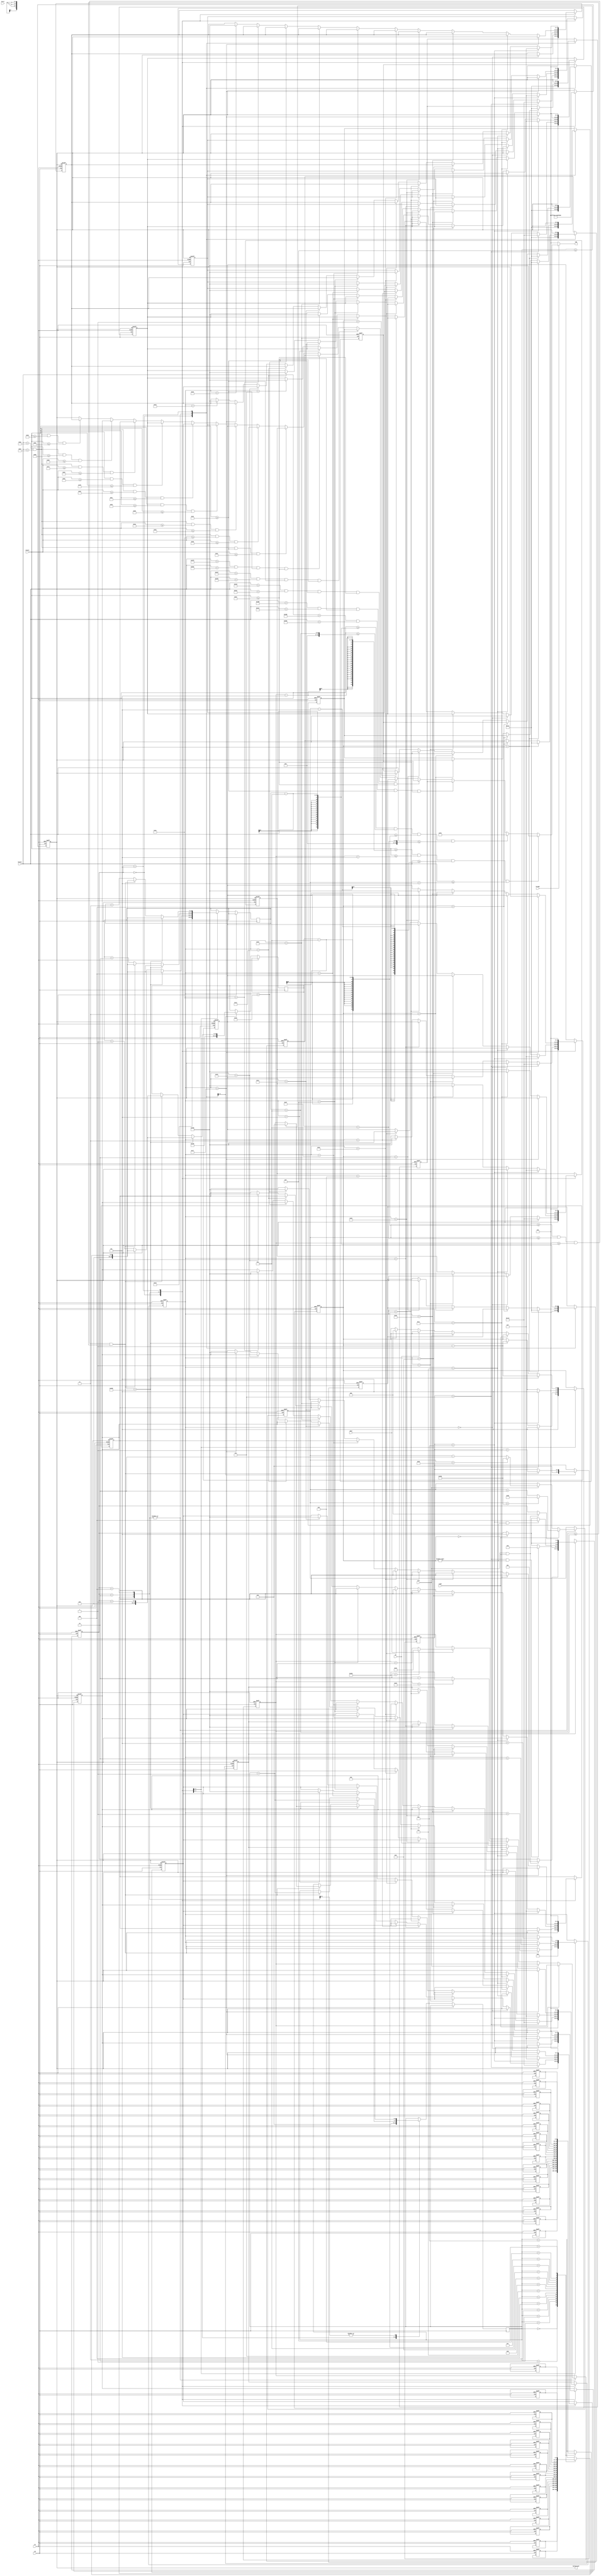
`timescale 1ns / 1ps

module block_controller(
	input clk, //this clock must be a slow enough clock to view the changing positions of the objects
	input bright,
	input rst,
	input up, input down, input left, input right,
	input Start,
	input [9:0] hCount, vCount,
	output reg [11:0] rgb,
	output reg [11:0] background
   );
	wire block_fill;
	wire apples;
	
	//these two values dictate the center of the block, incrementing and decrementing them leads the block to move in certain directions
	reg [9:0] xpos, ypos;
	reg [15:0] xrand, yrand;
	reg [2:0] state;
	reg [3:0] bag;
	reg [2:0] lives;
	reg [7:0] pts;
	reg [3:0] rand_counter;

	//live register color
	reg [11:0] side1;
	reg [11:0] side2;
	reg [11:0] side3;
	reg [11:0] side4;
	reg [11:0] side5;
	
	// Score registers for coloring
	reg [11:0] goal1;
	reg [11:0] goal2;
	reg [11:0] goal3;
	reg [11:0] goal4;
	reg [11:0] goal5;
	reg [11:0] goal6;
	reg [11:0] goal7;
	reg [11:0] goal8;
	reg [11:0] goal9;

	// Create an array of random numbers for the apples
	
	reg [9:0] xlocations [0:15];
	reg [9:0] ylocations [0:15];

	// Demonstrates the lives of player on screen
	wire block_fill_side1;
	wire block_fill_side2;
	wire block_fill_side3;
	wire block_fill_side4;
	wire block_fill_side5;

	// Wiring score assignments
	wire goal_1;
	wire goal_2;
	wire goal_3;
	wire goal_4;
	wire goal_5;
	wire goal_6;
	wire goal_7;
	wire goal_8;
	wire goal_9;

	//Color declarations
	parameter RED   = 12'b1111_0000_0000;
	parameter GREY = 12'b1100_1100_1100;
	//parameter potCLR;

	//State machine states
	localparam
	INI  = 3'b000,
	LVL1 = 3'b001,
	LVL2 = 3'b010,
	LVL3 = 3'b100,
	END  = 3'b101,
	UNK  = 3'bxxx;
	

	//the +-5 for the positions give the dimension of the block (i.e. it will be 10x10 pixels)
	assign block_fill=vCount>=(ypos-5) && vCount<=(ypos+5) && hCount>=(xpos-5) && hCount<=(xpos+5);
	// Pot to deposit the apples
	assign apples = vCount>=(yrand-10) && vCount<=(yrand+10) && hCount>=(xrand-10) && hCount<=(xrand+10);

	// Live declarations
	assign block_fill_side1 =(hCount > 720) && (hCount < 730) && (vCount >= 50) && (vCount <= 100);
	assign block_fill_side2 =(hCount > 731) && (hCount < 740) && (vCount >= 50) && (vCount <= 100);
	assign block_fill_side3 =(hCount > 741) && (hCount < 750) && (vCount >= 50) && (vCount <= 100);
	assign block_fill_side4 =(hCount > 751) && (hCount < 760) && (vCount >= 50) && (vCount <= 100);
	assign block_fill_side5 =(hCount > 761) && (hCount < 770) && (vCount >= 50) && (vCount <= 100);

	// Score Display Positions
	assign goal_1 =(hCount > 154) && (hCount < 180) && (vCount >= 50) && (vCount <= 60);
	assign goal_2 =(hCount > 154) && (hCount < 180) && (vCount >= 62) && (vCount <= 72);
	assign goal_3 =(hCount > 154) && (hCount < 180) && (vCount >= 74) && (vCount <= 84);
	assign goal_4 =(hCount > 154) && (hCount < 180) && (vCount >= 86) && (vCount <= 96);
	assign goal_5 =(hCount > 154) && (hCount < 180) && (vCount >= 98) && (vCount <= 108);
	assign goal_6 =(hCount > 154) && (hCount < 180) && (vCount >= 110) && (vCount <= 120);
	assign goal_7 =(hCount > 154) && (hCount < 180) && (vCount >= 122) && (vCount <= 132);
	assign goal_8 =(hCount > 154) && (hCount < 180) && (vCount >= 134) && (vCount <= 144);
	assign goal_9 =(hCount > 154) && (hCount < 180) && (vCount >= 146) && (vCount <= 156);

	/*when outputting the rgb value in an always block like this, make sure to include the if(~bright) statement, as this ensures the monitor 
	will output some data to every pixel and not just the images you are trying to display*/
	always@ (*) begin
    	if(~bright )	//force black if not inside the display area
			rgb = 12'b0000_0000_0000;
		else if (block_fill) 
			rgb = RED; 
		else if (apples)
			rgb = 12'b0000_1111_0000;
		else if(block_fill_side1)
            	rgb = side1;
        else if(block_fill_side2)
            	rgb = side2;
        else if(block_fill_side3)
            	rgb = side3;
        else if(block_fill_side4)
            	rgb = side4;
        else if(block_fill_side5)
            	rgb = side5;
		else if(goal_1)
				rgb = goal1;
		else if(goal_2)
				rgb = goal2;
		else if(goal_3)
				rgb = goal3;
		else if(goal_4)
				rgb = goal4;
		else if(goal_5)
				rgb = goal5;
		else if(goal_6)
				rgb = goal6;
		else if(goal_7)
				rgb = goal7;
		else if(goal_8)
				rgb = goal8;
		else if(goal_9)
				rgb = goal9;
		else	
			rgb=background;
	end
	
	// Making the state and state transitions
	always @ (posedge clk, posedge rst)begin
		if(rst)
			begin
				//resetting the background color
				background <= 12'b1111_1111_1111;

				// initializing the lives color
				side1 <= GREY;
				side2 <= GREY;
				side3 <= GREY;
				side4 <= GREY;
				side5 <= GREY;

				// Initializing score variables
				goal1 <= background;
				goal2 <= background;
				goal3 <= background;
				goal4 <= background;
				goal5 <= background;
				goal6 <= background;
				goal7 <= background;
				goal8 <= background;
				goal9 <= background;

				//rough values for center of screen
				xpos<=450;
				ypos<=250;
				
				xlocations[0] = 300;
	            ylocations[0] = 255;

	            xlocations[1] = 450;
	            ylocations[1] = 50;
	            
	            xlocations[2] = 770;
                ylocations[2] = 100;
            
                xlocations[3] = 470;
                ylocations[3] = 190;
            
                xlocations[4] = 150;
                ylocations[4] = 200;
            
                xlocations[5] = 665;
                ylocations[5] = 215;
            
                xlocations[6] = 540;
                ylocations[6] = 90;
            
                xlocations[7] = 590;
                ylocations[7] = 222;
            
                xlocations[8] = 400;
                ylocations[8] = 255;
            
                xlocations[9] = 200;
                ylocations[9] = 200;
            
                xlocations[10] = 250;
                ylocations[10] = 70;
                
                xlocations[11] = 665;
                ylocations[11] = 300;
            
                xlocations[12] = 200;
                ylocations[12] = 90;
            
                xlocations[13] = 750;
                ylocations[13] = 222;
            
                xlocations[14] = 400;
                ylocations[14] = 40;
            
                xlocations[15] = 450;
                ylocations[15] = 200;

				//resetting the variables
				bag <= 0;
				pts <= 8'bxxxxxxxx;
				lives <= 3'b101;
				state <= INI;
			end
		else if(clk)
			begin
				case (state)
					INI:
						begin
							//state transitions
							if(left && right)
								state <= LVL1;
							//RTL

							//random value for first apple
							xrand <= 400;
							yrand <= 200;

							// Initializing the colors
							background <= 12'b1111_1111_1111;
							side1 <= GREY;
							side2 <= GREY;
							side3 <= GREY;
							side4 <= GREY;
							side5 <= GREY;

							// Initializing score variables
							goal1 <= background;
							goal2 <= background;
							goal3 <= background;
							goal4 <= background;
							goal5 <= background;
							goal6 <= background;
							goal7 <= background;
							goal8 <= background;
							goal9 <= background;

							// Initializing lives, points, number of items caught and randomizer count
							rand_counter = 0;
							pts <= 0;
							lives <= 5;
							bag <= 0;
						end
					LVL1:
						begin
							//State transitions
							if(bag > 6 && lives != 0)
								begin
									state <= LVL2;
								end
							else if (lives == 0)
									state <= END;

							// RTL
							if(right) 
								begin
									xpos<=xpos+2; //change the amount you increment to make the speed faster 
									if(xpos==800) //these are rough values to attempt looping around, you can fine-tune them to make it more accurate- refer to the block comment above
										xpos<=150;
								end
							else if(left) 
								begin
									xpos<=xpos-2;
									if(xpos==150)
										xpos<=800;
								end
							else if(up) 
								begin
									ypos<=ypos-2;
									if(ypos==34)
										ypos<=514;
								end
							else if(down) 
								begin
									ypos<=ypos+2;
									if(ypos==514)
										ypos<=34;
								end
							
							//making the apples move down
							yrand <= yrand + 1;
							
							//randomize apple spawn location
							if (xpos >=xrand-10 && xpos <= xrand+10 && ypos >=yrand-10 && ypos <= yrand+10)
								begin
									bag <= bag + 1;
									pts <= pts + 1;
									xrand <= xlocations[rand_counter];
									yrand <= ylocations[rand_counter];
									if (rand_counter >= 15)
									   rand_counter <= 0;
								    else 
								        rand_counter <= rand_counter + 1;
									   
								end
							if (yrand > 520)
							     begin
							         lives <= lives - 1;
							         xrand <= xlocations[rand_counter];
							         yrand <= ylocations[rand_counter];
							         if (rand_counter >= 15)
									       rand_counter <= 0;
						              else 
								            rand_counter <= rand_counter + 1;
							     end
							if(pts == 0)
								begin
									goal1 <= background;
									goal2 <= background;
									goal3 <= background;
									goal4 <= background;
									goal5 <= background;
									goal6 <= background;
									goal7 <= background;
									goal8 <= background;
									goal9 <= background;
								end
							else if(pts == 1)
									goal1 <= RED;
							else if(pts == 2)	
									goal2 <= RED;
							else if (pts == 3)	
									goal3 <= RED;
							else if (pts == 4)	
									goal4 <= RED;
							else if (pts == 5)	
									goal5 <= RED;
							else if (pts == 6)	
									goal6 <= RED;

							if (lives == 5)
								begin
									side5 <= GREY;
									side4 <= GREY;
									side3 <= GREY;
									side2 <= GREY;
									side1 <= GREY;
								end
							else if (lives == 4)
								side5 <= background;
							else if (lives == 3)
								side4 <= background;
							else if (lives ==2)
								side3 <= background;
							else if (lives == 1)
								side2 <= background;
							
							if(bag >6) 
								begin
									lives <= 5;
									goal1 <= 12'b1100_1100_0000;
									goal2 <= 12'b1100_1100_0000;
									goal3 <= 12'b1100_1100_0000;
									goal4 <= 12'b1100_1100_0000;
									goal5 <= 12'b1100_1100_0000;
									goal6 <= 12'b1100_1100_0000;
								end
							//making the LVL background a specific color
							background <= 12'b0011_0000_1100;
							
								
						end
					LVL2:
						begin
							if (bag > 14 && lives != 0)
									state <= LVL3;	
							else if(lives == 0)
									state <= END;
								
							// RTL
							if(right) 
								begin
									xpos<=xpos+2; //change the amount you increment to make the speed faster 
									if(xpos==800) //these are rough values to attempt looping around, you can fine-tune them to make it more accurate- refer to the block comment above
										xpos<=150;
								end
							else if(left) 
								begin
									xpos<=xpos-2;
									if(xpos==150)
										xpos<=800;
								end
							else if(up) 
								begin
									ypos<=ypos-2;
									if(ypos==34)
										ypos<=514;
								end
							else if(down) 
								begin
									ypos<=ypos+2;
									if(ypos==514)
										ypos<=34;
								end
								
							
							
							//block speend
							yrand <= yrand + 2;
							
							//randomize apple spawn location
							if (xpos >=xrand-10 && xpos <= xrand+10 && ypos >=yrand-10 && ypos <= yrand+10)
								begin
									bag <= bag + 1;
									pts <= pts + 2;
									xrand <= xlocations[rand_counter];
									yrand <= ylocations[rand_counter];
									rand_counter <= rand_counter + 1;
								end
							if (yrand > 520)
							     begin
							         lives <= lives - 1;
							         xrand <= xlocations[rand_counter];
							         yrand <= ylocations[rand_counter];
							         rand_counter <= rand_counter + 1;
							     end
								
							//making the LVL background a specific color
							background <= 12'b1100_1100_0000;

							if(pts == 7)
								begin
									goal1 <= background;
									goal2 <= background;
									goal3 <= background;
									goal4 <= background;
									goal5 <= background;
									goal6 <= background;
									goal7 <= background;
									goal8 <= background;
									goal9 <= background;
								end
							else if(pts == 9)
									goal1 <= RED;
							else if(pts == 11)
									goal2 <= RED;
							else if (pts == 13)
									goal3 <= RED;
							else if (pts == 15)	
									goal4 <= RED;
							else if (pts == 17)	
									goal5 <= RED;
							else if (pts == 19)	
									goal6 <= RED;
							else if (pts == 21)	
									goal7 <= RED;
							else if (pts == 23)	
									goal8 <= RED;
							else if (pts == 25)
									goal9 <= RED;
							//changing lives color appropriately 
							if (lives == 5)
								begin
									side5 <= GREY;
									side4 <= GREY;
									side3 <= GREY;
									side2 <= GREY;
									side1 <= GREY;
								end
							else if (lives == 4)
								side5 <= background;
							else if (lives == 3)
								side4 <= background;
							else if (lives ==2)
								side3 <= background;
							else if (lives == 1)
								side2 <= background;

							if(bag > 14) 
								begin
									lives <= 5;
									goal1 <= 12'b0000_0000_1111;
									goal2 <= 12'b0000_0000_1111;
									goal3 <= 12'b0000_0000_1111;
									goal4 <= 12'b0000_0000_1111;
									goal5 <= 12'b0000_0000_1111;
									goal6 <= 12'b0000_0000_1111;
									goal7 <= 12'b0000_0000_1111;
									goal8 <= 12'b0000_0000_1111;
									goal9 <= 12'b0000_0000_1111;
								end
							
						end
					LVL3:
						begin
							//State transitions
							if (lives == 0)
									state <= END;
							
							//RTL
							if(right) 
								begin
									xpos<=xpos + 2; //change the amount you increment to make the speed faster 
									if(xpos==800) //these are rough values to attempt looping around, you can fine-tune them to make it more accurate- refer to the block comment above
										xpos<=150;
								end
							else if(left) 
								begin
									xpos<=xpos-2;
									if(xpos==150)
										xpos<=800;
								end
							else if(up) 
								begin
									ypos<=ypos-2;
									if(ypos==34)
										ypos<=514;
								end
							else if(down) 
								begin
									lives <= 0;
									ypos<=ypos+2;
									if(ypos==514)
										ypos<=34;
								end
							
							
							//block speend
							yrand <= yrand + 3;
							
							//randomize apple spawn location
							if (xpos >=xrand-10 && xpos <= xrand+10 && ypos >=yrand-10 && ypos <= yrand+10)
								begin
									bag <= bag + 1;
									pts <= pts + 5;
									xrand <= xlocations[rand_counter];
									yrand <= ylocations[rand_counter];
									rand_counter <= rand_counter + 1;
								end
							if (yrand > 520)
							     begin
							         lives <= lives - 1;
							         xrand <= xlocations[rand_counter];
							         yrand <= ylocations[rand_counter];
							         rand_counter <= rand_counter + 1;
							     end

							background <= 12'b0000_0000_1111;

							if(pts == 23)
								begin
									goal1 <= background;
									goal2 <= background;
									goal3 <= background;
									goal4 <= background;
									goal5 <= background;
									goal6 <= background;
									goal7 <= background;
									goal8 <= background;
									goal9 <= background;
								end
							else if(pts == 28)
									goal1 <= RED;
							else if(pts == 32)
									goal2 <= RED;
							else if (pts == 37)
									goal3 <= RED;
							else if (pts == 42)	
									goal4 <= RED;
							else if (pts == 47)	
									goal5 <= RED;
							else if (pts == 52)	
									goal6 <= RED;
							else if (pts == 57)	
									goal7 <= RED;
							else if (pts == 62)	
									goal8 <= RED;
							else if (pts == 67)
									goal9 <= RED;

							

							//changing lives color appropriately 
							if (lives == 5)
								begin
									side5 <= GREY;
									side4 <= GREY;
									side3 <= GREY;
									side2 <= GREY;
									side1 <= GREY;
								end
							else if (lives == 4)
								side5 <= background;
							else if (lives == 3)
								side4 <= background;
							else if (lives ==2)
								side3 <= background;
							else if (lives == 1)
								side2 <= background;
							

						end
					END: 
						begin
							//State transition
							if(left && right)
								state <= INI;

							side5 <= background;
							side4 <= background;
							side3 <= background;
							side2 <= background;
							side1 <= background;
							
							background <= 12'b0000_0000_0000;

							goal1 <= 12'b0000_0000_0000;
							goal2 <= 12'b0000_0000_0000;
							goal3 <= 12'b0000_0000_0000;
							goal4 <= 12'b0000_0000_0000;
							goal5 <= 12'b0000_0000_0000;
							goal6 <= 12'b0000_0000_0000;
							goal7 <= 12'b0000_0000_0000;
							goal8 <= 12'b0000_0000_0000;
							goal9 <= 12'b0000_0000_0000;
						end
					default:
						begin
							state <= UNK;
						end
				endcase
				
			end
	end
endmodule